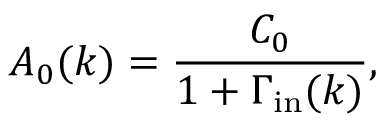
A _ { 0 } ( k ) = \frac { C _ { 0 } } { 1 + \Gamma _ { \mathrm { i n } } ( k ) } ,